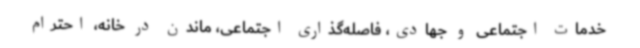
خدمات اجتماعی و جهادی، فاصله‌گذاری اجتماعی، ماندن در خانه، احترام